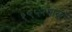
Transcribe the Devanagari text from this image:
१९५२पासून